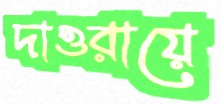
দাওরায়ে